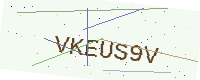
Text: VKEUS9V